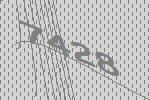
7428